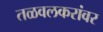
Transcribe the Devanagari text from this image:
तळवलकरांवर